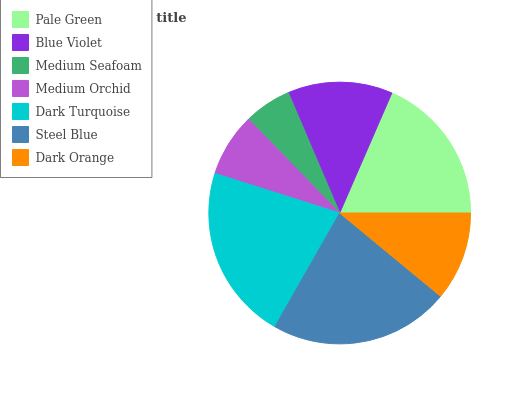
| Pale Green | Blue Violet | Medium Seafoam | Medium Orchid | Dark Turquoise | Steel Blue | Dark Orange |
 | --- | --- | --- | --- | --- | --- | --- |
 | 18.5% | 12.9% | 5.86% | 7.85% | 21.6% | 22.3% | 11% |